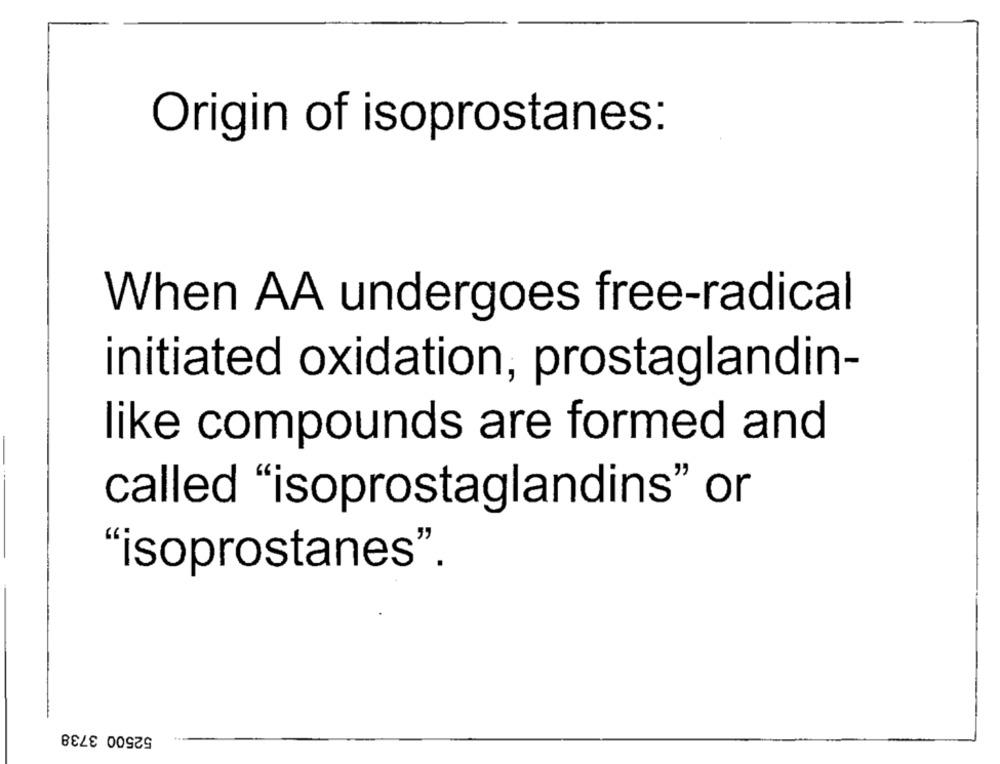
Origin of isoprostanes:
When AA undergoes free-radical
initiated oxidation, prostaglandin-
like compounds are formed and
called "isoprostaglandins" or
"isoprostanes".
52500 3738